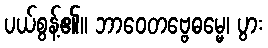
ပယ်စွန့်၏။ ဘာဝေတဗ္ဗေဓမ္မေ၊ ပွား